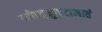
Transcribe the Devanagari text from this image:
नवेन्दुमुकुटाभातं